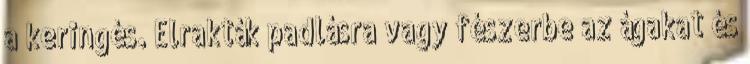
a keringés. Elrakták padlásra vagy fészerbe az ágakat és